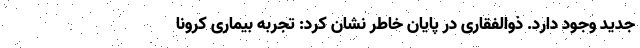
جدید وجود دارد. ذوالفقاری در پایان خاطر نشان کرد: تجربه بیماری کرونا